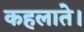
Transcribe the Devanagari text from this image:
कहलाते।